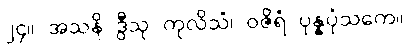
၂၄။ အသနိ ဒွီသု ကုလိသံ၊ ဝဇိရံ ပုန္နပုံသကေ။